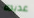
عديده